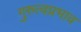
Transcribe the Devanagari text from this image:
गुरुत्वप्रभाव